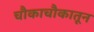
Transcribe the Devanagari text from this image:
चौकाचौकातून